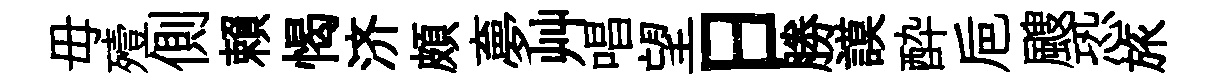
毋殪側賴愒济頗夣艸唱望日勝謨酔巵颼恐旅